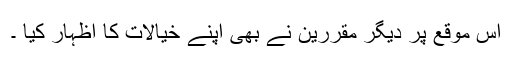
اس موقع پر دیگر مقررین نے بھی اپنے خیالات کا اظہار کیا ۔